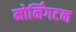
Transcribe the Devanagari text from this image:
मोर्निंगटन